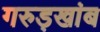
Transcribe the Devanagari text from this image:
गरुड़खांब